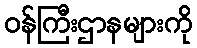
ဝန်ကြီးဌာနများကို